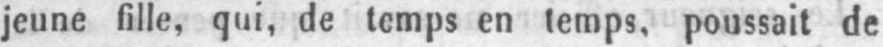
jeune fille, qui, de temps en temps, poussait de